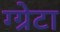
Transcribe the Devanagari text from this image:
ग्ग्रेटा